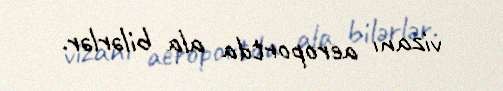
vizanı aeroportda ala bilərlər.